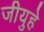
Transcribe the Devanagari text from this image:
जीयुहे